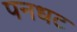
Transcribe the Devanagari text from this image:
पनधट